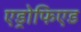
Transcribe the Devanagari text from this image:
एड्रोफिएड